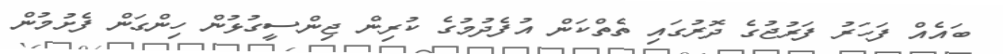
ބައެއް ފަހަރު ފަރުޖުގެ ދޮރުގައި ތެތްކަން އުފެދުމުގެ ކުރިން ޖިންސީގުޅުން ހިންގަން ފެށުމުން